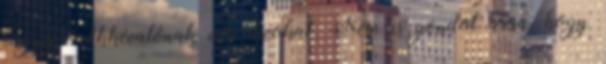
vagyis örökkévalónak véli azokat. Nem is gondol arra, hogy